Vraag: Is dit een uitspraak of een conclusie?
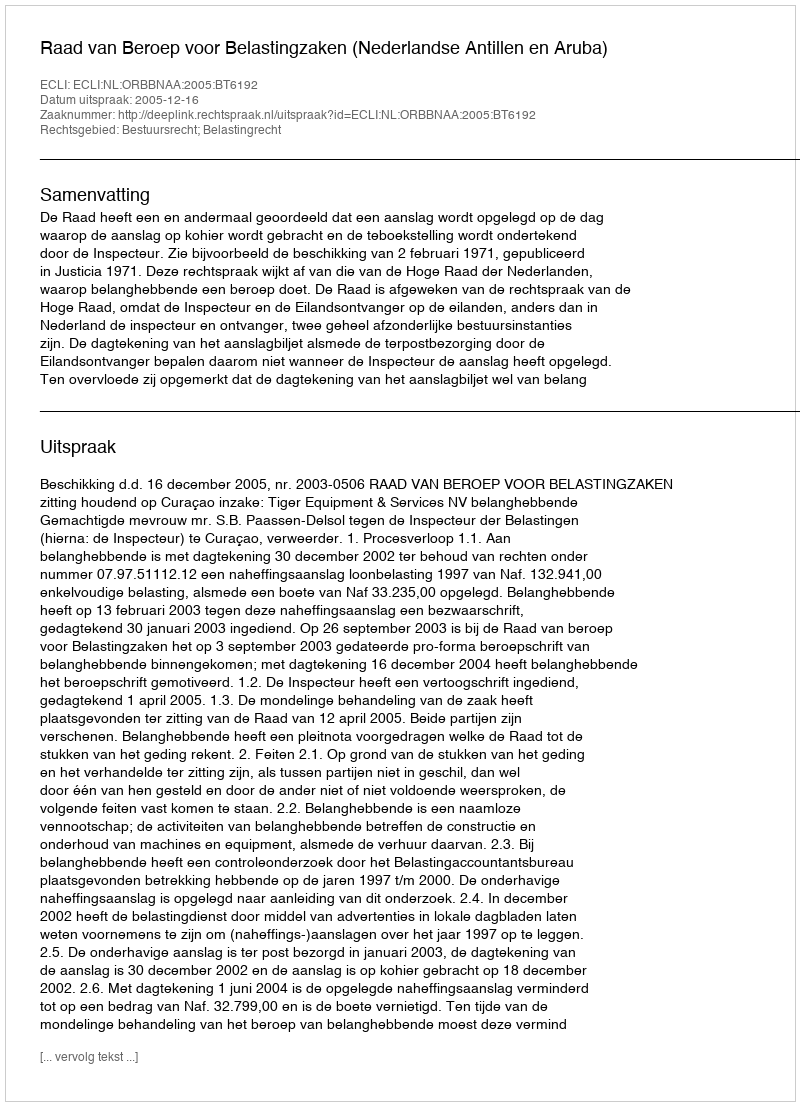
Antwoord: Uitspraak